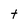
Character: t